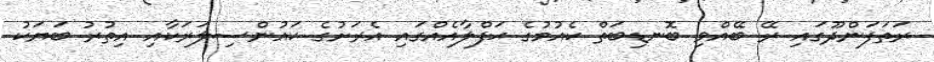
ރަތަފަންދޫގައި ރޭ ބޭއްވި ބޮނޑިބަތް ކެއުމުގެ ޙަފްލާއެއްގައި އެރަށުގެ ކައުންސިލަރަކާއި އިތުރު ބަޔަކު